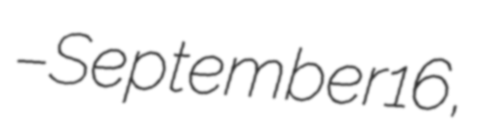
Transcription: – September 16,